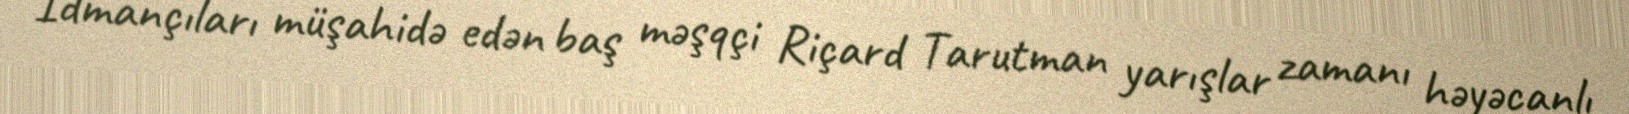
İdmançıları müşahidə edən baş məşqçi Riçard Tarutman yarışlar zamanı həyəcanlı